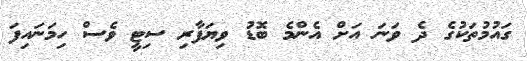
ގައުމުތަކުގެ ދެ ވަނަ އަށް އެންމެ ބޮޑު ވިޔަފާރި ސިޓީ ވެސް ހިމަނައިފަ